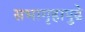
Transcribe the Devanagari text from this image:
सभागृहापुढे